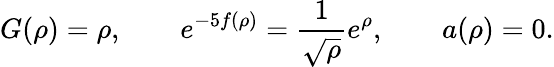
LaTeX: G(\rho)=\rho,\qquad e^{-5f(\rho)}=\frac{1}{\sqrt{\rho}}e^{\rho},\qquad a(\rho)=0.